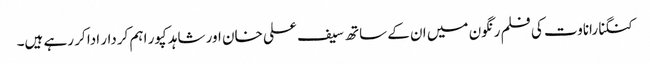
کنگنا راناوت کی فلم رنگون میں ان کے ساتھ سیف علی خان اور شاہد کپور اہم کردار ادا کر رہے ہیں۔